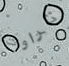
تراوت